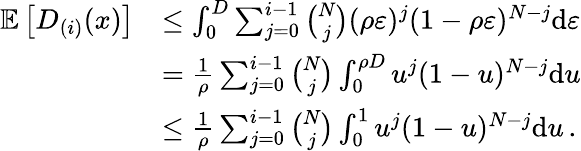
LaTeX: \begin{array}{rl}{\mathbb E\left[D_{(i)}(x)\right]}&{\leq\int_{0}^{D}\sum_{j=0}^{i-1}{\binom{N}{j}}(\rho\varepsilon)^{j}(1-\rho\varepsilon)^{N-j}{\mathrm d}\varepsilon}\\ &{=\frac{1}{\rho}\sum_{j=0}^{i-1}{\binom{N}{j}}\int_{0}^{\rho D}u^{j}(1-u)^{N-j}{\mathrm d}u}\\ &{\leq\frac{1}{\rho}\sum_{j=0}^{i-1}{\binom{N}{j}}\int_{0}^{1}u^{j}(1-u)^{N-j}{\mathrm d}u\, .}\end{array}